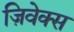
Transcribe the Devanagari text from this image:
ज़िवेक्स